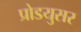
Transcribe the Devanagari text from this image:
प्रोडयुसर